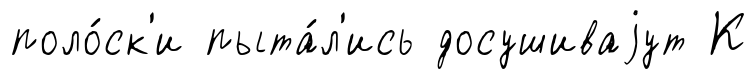
поло́ск'и пыта́л'ись досушиваjут К